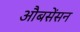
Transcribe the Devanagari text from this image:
औबसेंसन